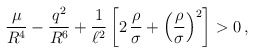
\begin{align*}\frac{\mu}{R^4}-\frac{q^2}{R^6}+\frac{1}{\ell^2}\left[2\,\frac{\rho}{\sigma}+\left(\frac{\rho}{\sigma}\right)^2\right]>0\,,\end{align*}